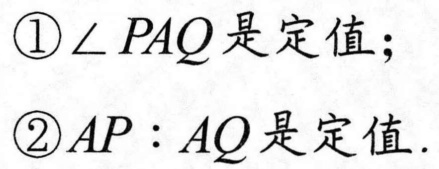
\textcircled{1}$\angle PAQ$是定值；
\textcircled{2}$AP:AQ$是定值.